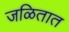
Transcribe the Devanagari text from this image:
जळितात